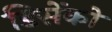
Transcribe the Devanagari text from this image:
डिसेंको